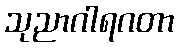
သုညာဂါရဂတာ